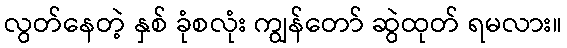
လွတ်နေတဲ့ နှစ် ခုံစလုံး ကျွန်တော် ဆွဲထုတ် ရမလား။